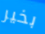
بخير